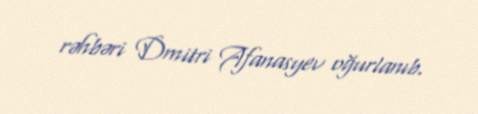
rəhbəri Dmitri Afanasyev oğurlanıb.